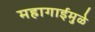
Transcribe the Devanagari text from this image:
महागाईमुळे